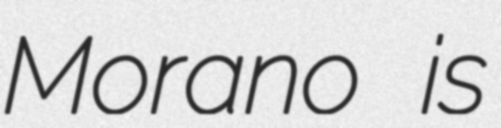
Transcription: Morano is